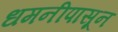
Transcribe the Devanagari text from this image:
धमनीपासून